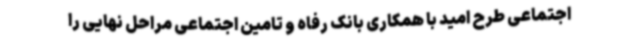
اجتماعی طرح امید با همکاری بانک رفاه و تامین اجتماعی مراحل نهایی را